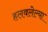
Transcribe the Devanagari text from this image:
हलवलेल्या